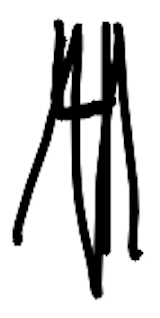
Text: 4
Cross-out: mix
Writing tool: digital_black